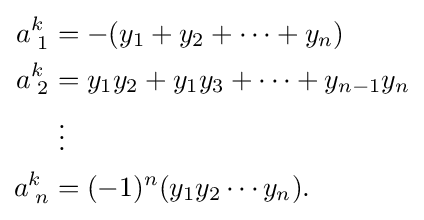
{\begin{aligned}a_{\;1}^{k}&=-(y_{1}+y_{2}+\cdots +y_{n})\\a_{\;2}^{k}&=y_{1}y_{2}+y_{1}y_{3}+\cdots +y_{n-1}y_{n}\\&\;\vdots \\a_{\;n}^{k}&=(-1)^{n}(y_{1}y_{2}\cdots y_{n}).\end{aligned}}